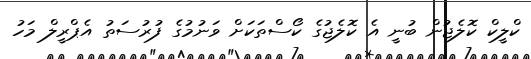
ކްލީކް ކޮލެޖުން ބުނީ އެ ކޮލެޖުގެ ކޯސްތަކަށް ވަނުމުގެ ފުރުސަތު އެޕްރީލް މަހު